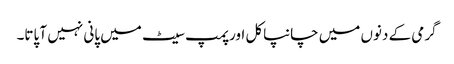
گرمی کے دنوں میں چانپاکل اور پمپ سیٹ میں پانی نہیں آ پاتا۔